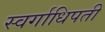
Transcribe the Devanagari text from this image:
स्वर्गाधिपती